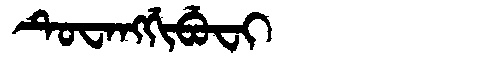
Manchu: ᡨᡠᠸᠠᠩᡤᡳᠪᡠᠸᡳ
Romanization: TUWANGGIBUFI